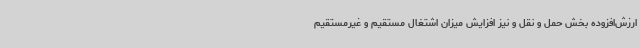
ارزش‌افزوده بخش حمل و نقل و نیز افزایش میزان اشتغال مستقیم و غیرمستقیم